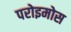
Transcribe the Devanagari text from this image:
परोइमोस